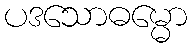
ပဒသောဓမ္မော